38_143685_box_Incident_Summaries_173-233
Agency: Department of War
Page 68
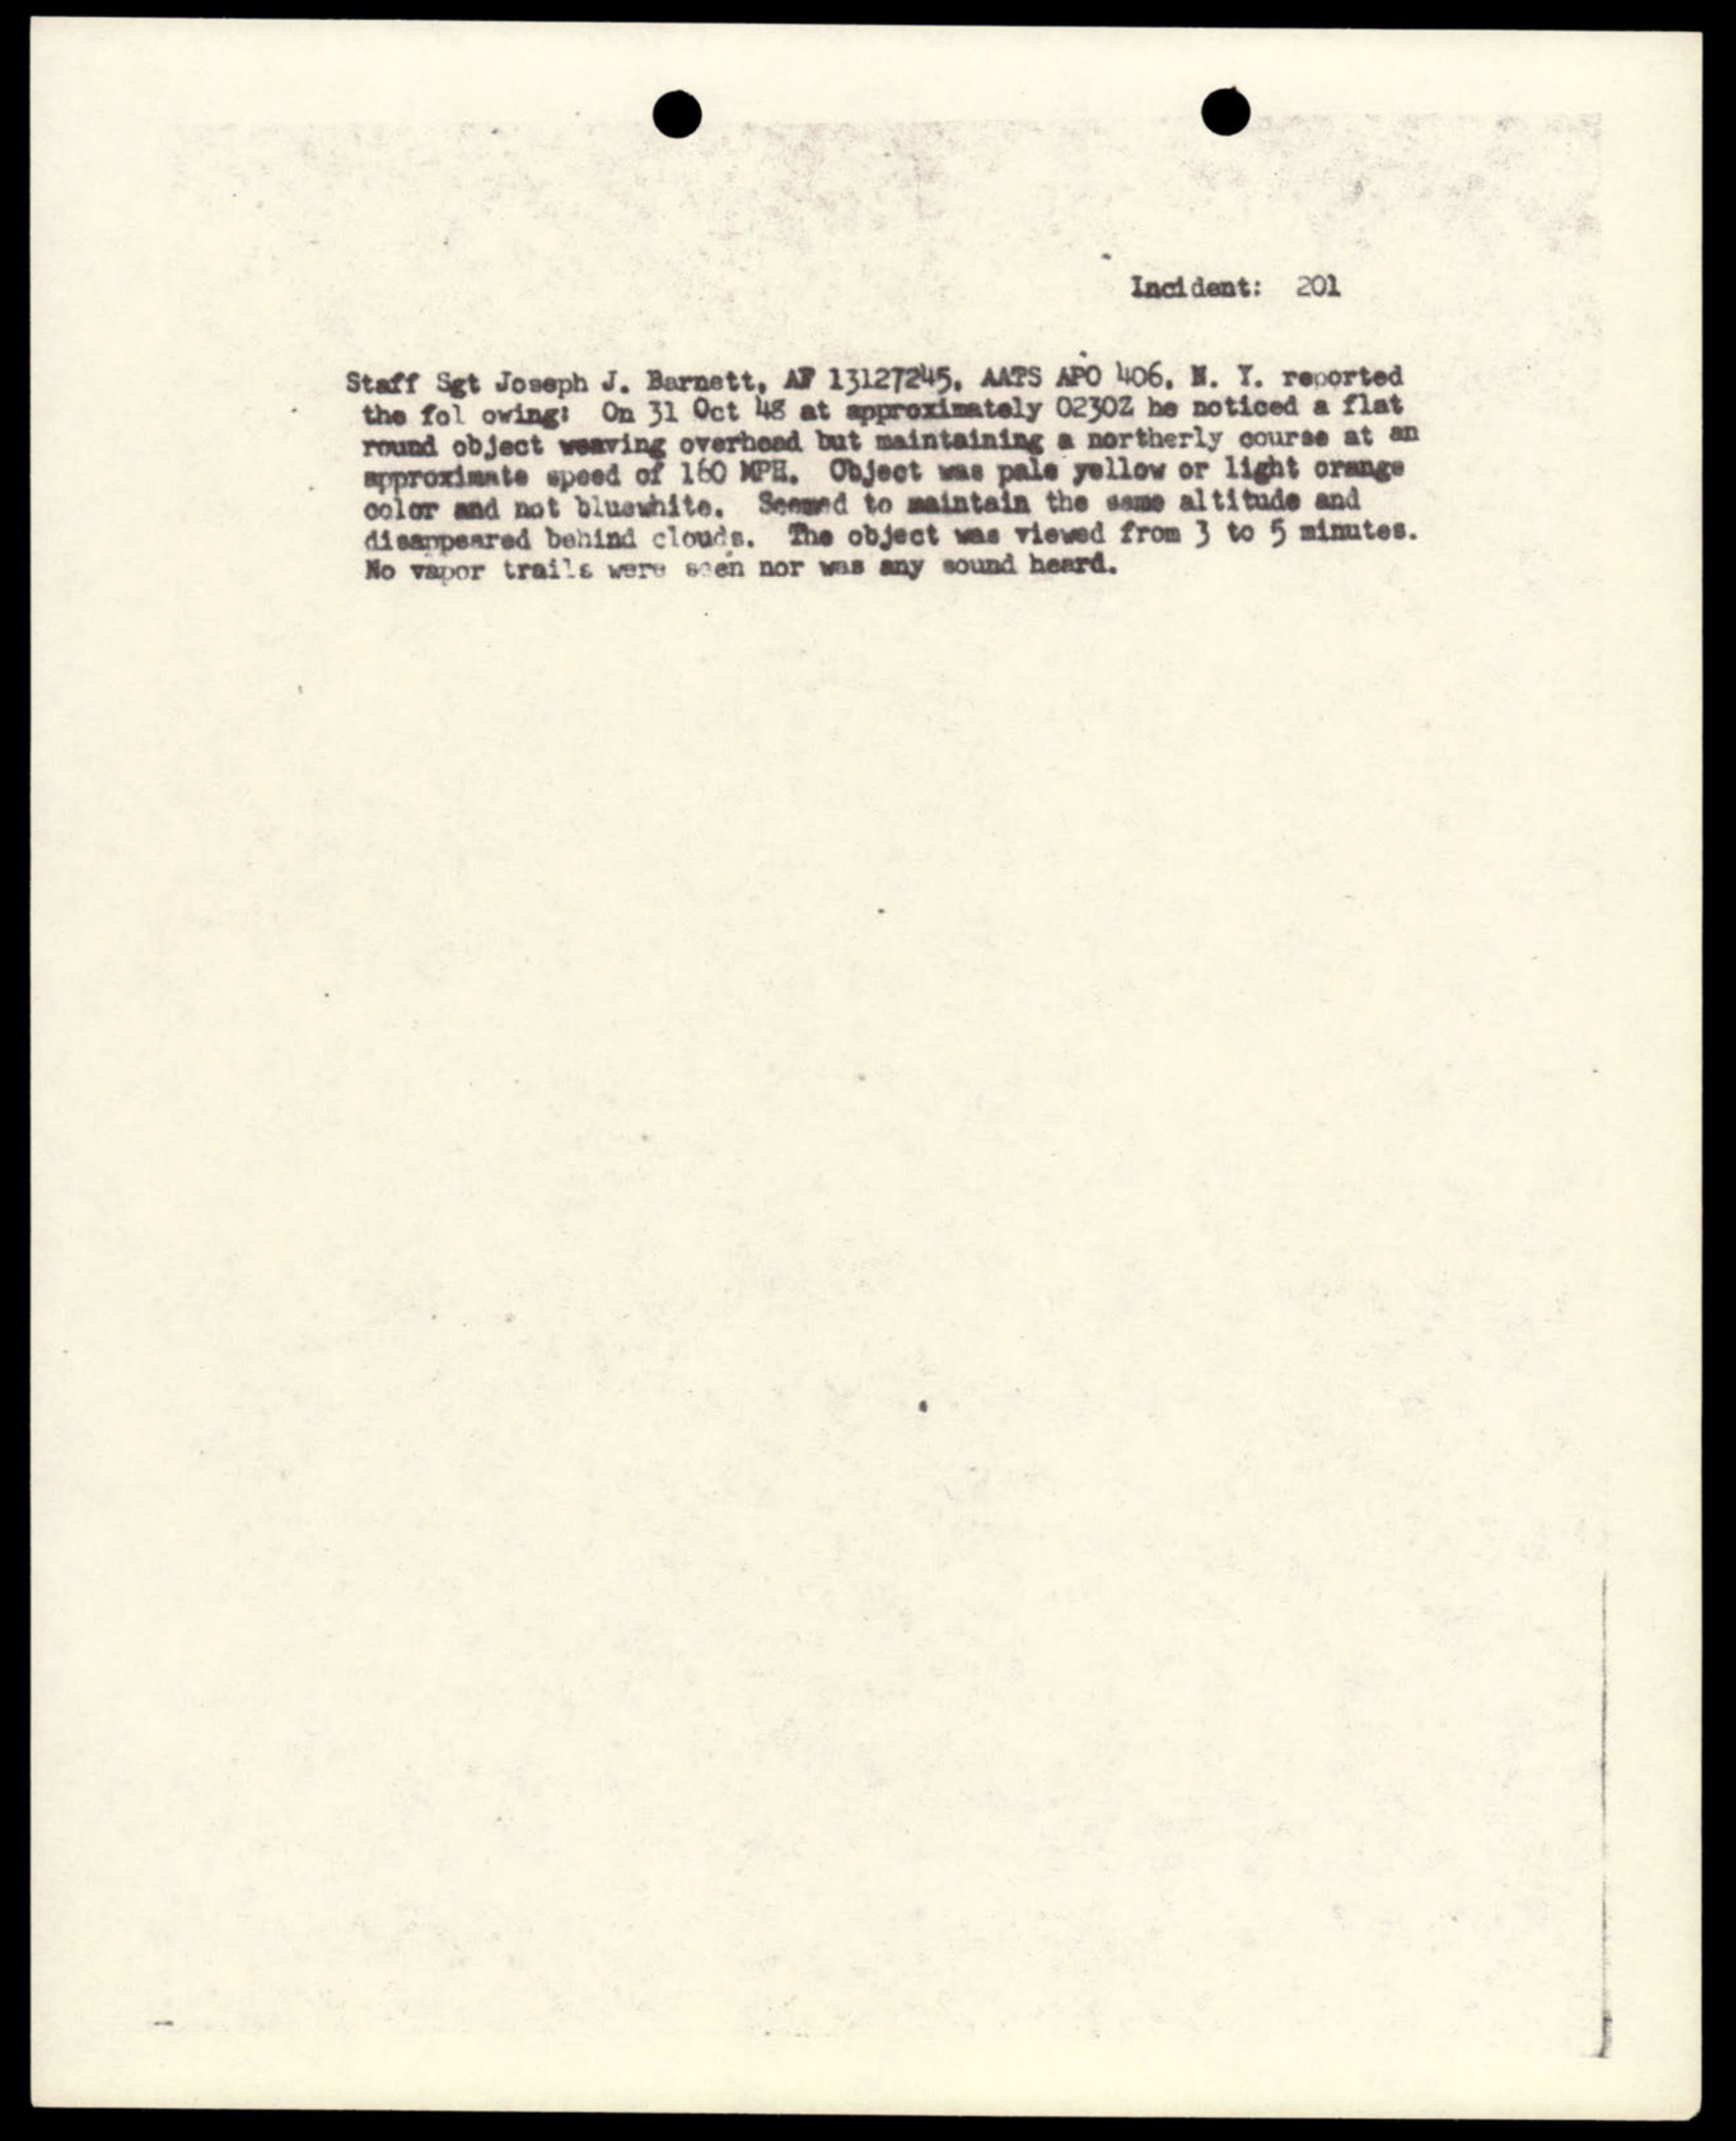